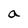
Character: a